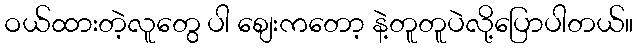
ဝယ်ထားတဲ့လူတွေ ပါ စျေးကတော့ နဲ့တူတူပဲလို့ပြောပါတယ်။